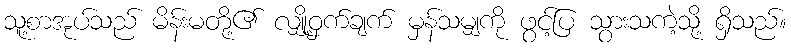
သူ့စာအုပ်သည် မိန်းမတို့၏ လျှို့ဝှက်ချက် မှန်သမျှကို ဖွင့်ပြ သွားသကဲ့သို့ ရှိသည်။